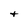
Character: t